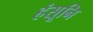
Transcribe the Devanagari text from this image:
हंसूनि